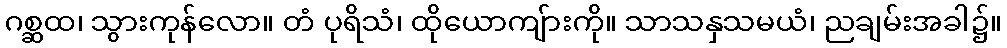
ဂစ္ဆထ၊ သွားကုန်လော။ တံ ပုရိသံ၊ ထိုယောကျ်ားကို။ သာသနှသမယံ၊ ညချမ်းအခါ၌။